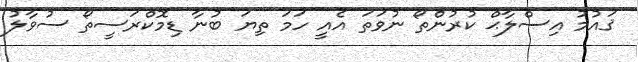
ޤައުމު އިސްލާޙް ކުރުންތޯ ނުވަތަ އެއީ ހަމަ ތިޔަ ބުނާ ޑިމޮކްރަސީތޯ ސުވާލު